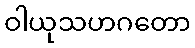
ဝါယုသဟဂတော